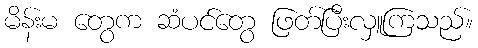
မိန်းမ တွေက ဆံပင်တွေ ဖြတ်ပြီးလှူကြသည်။